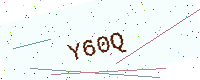
Text: Y60Q